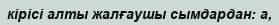
кірісі алты жалғаушы сымдардан: а,